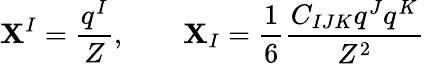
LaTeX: \mathbf{X}^{I}=\frac{{q^{I}}}{{Z}},\qquad\mathbf{X}_{I}=\frac{{1}}{{6}}\frac{{C_{IJK}q^{J}q^{K}}}{{Z^{2}}}